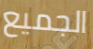
الجميع